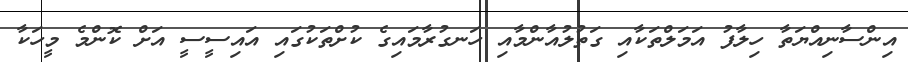
އިންސާނިއްޔަތާ ހިލާފު އަމަލްތަކާއި ގަތުލުއާންމާއި ހަނގުރާމައިގެ ކުށްތަކުގައި އައިސީސީ އަށް ކޮންމެ މީހަކާ